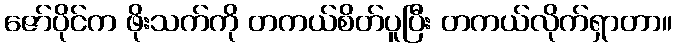
ဇော်ပိုင်က ဖိုးသက်ကို တကယ်စိတ်ပူပြီး တကယ်လိုက်ရှာတာ။